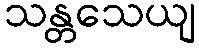
သန္တသေယျ